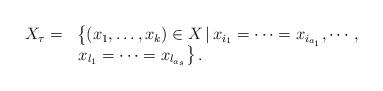
LaTeX: \begin{align*} \begin{array}{rl} X_{\tau}=&\left\{(x_1,\dots,x_k)\in X\,|\, x_{i_1}=\cdots=x_{i_{a_1}},\cdots,\right. \\ &\left.x_{l_1}=\cdots=x_{l_{a_s}}\right\}. \end{array} \end{align*}